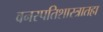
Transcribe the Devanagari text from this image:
वनस्पतिशास्त्रातहा